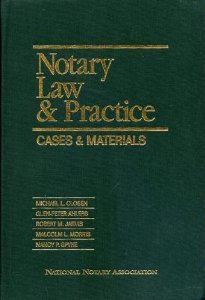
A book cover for Notary Law & Practice: Cases & Materials; Michael Closen; Law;